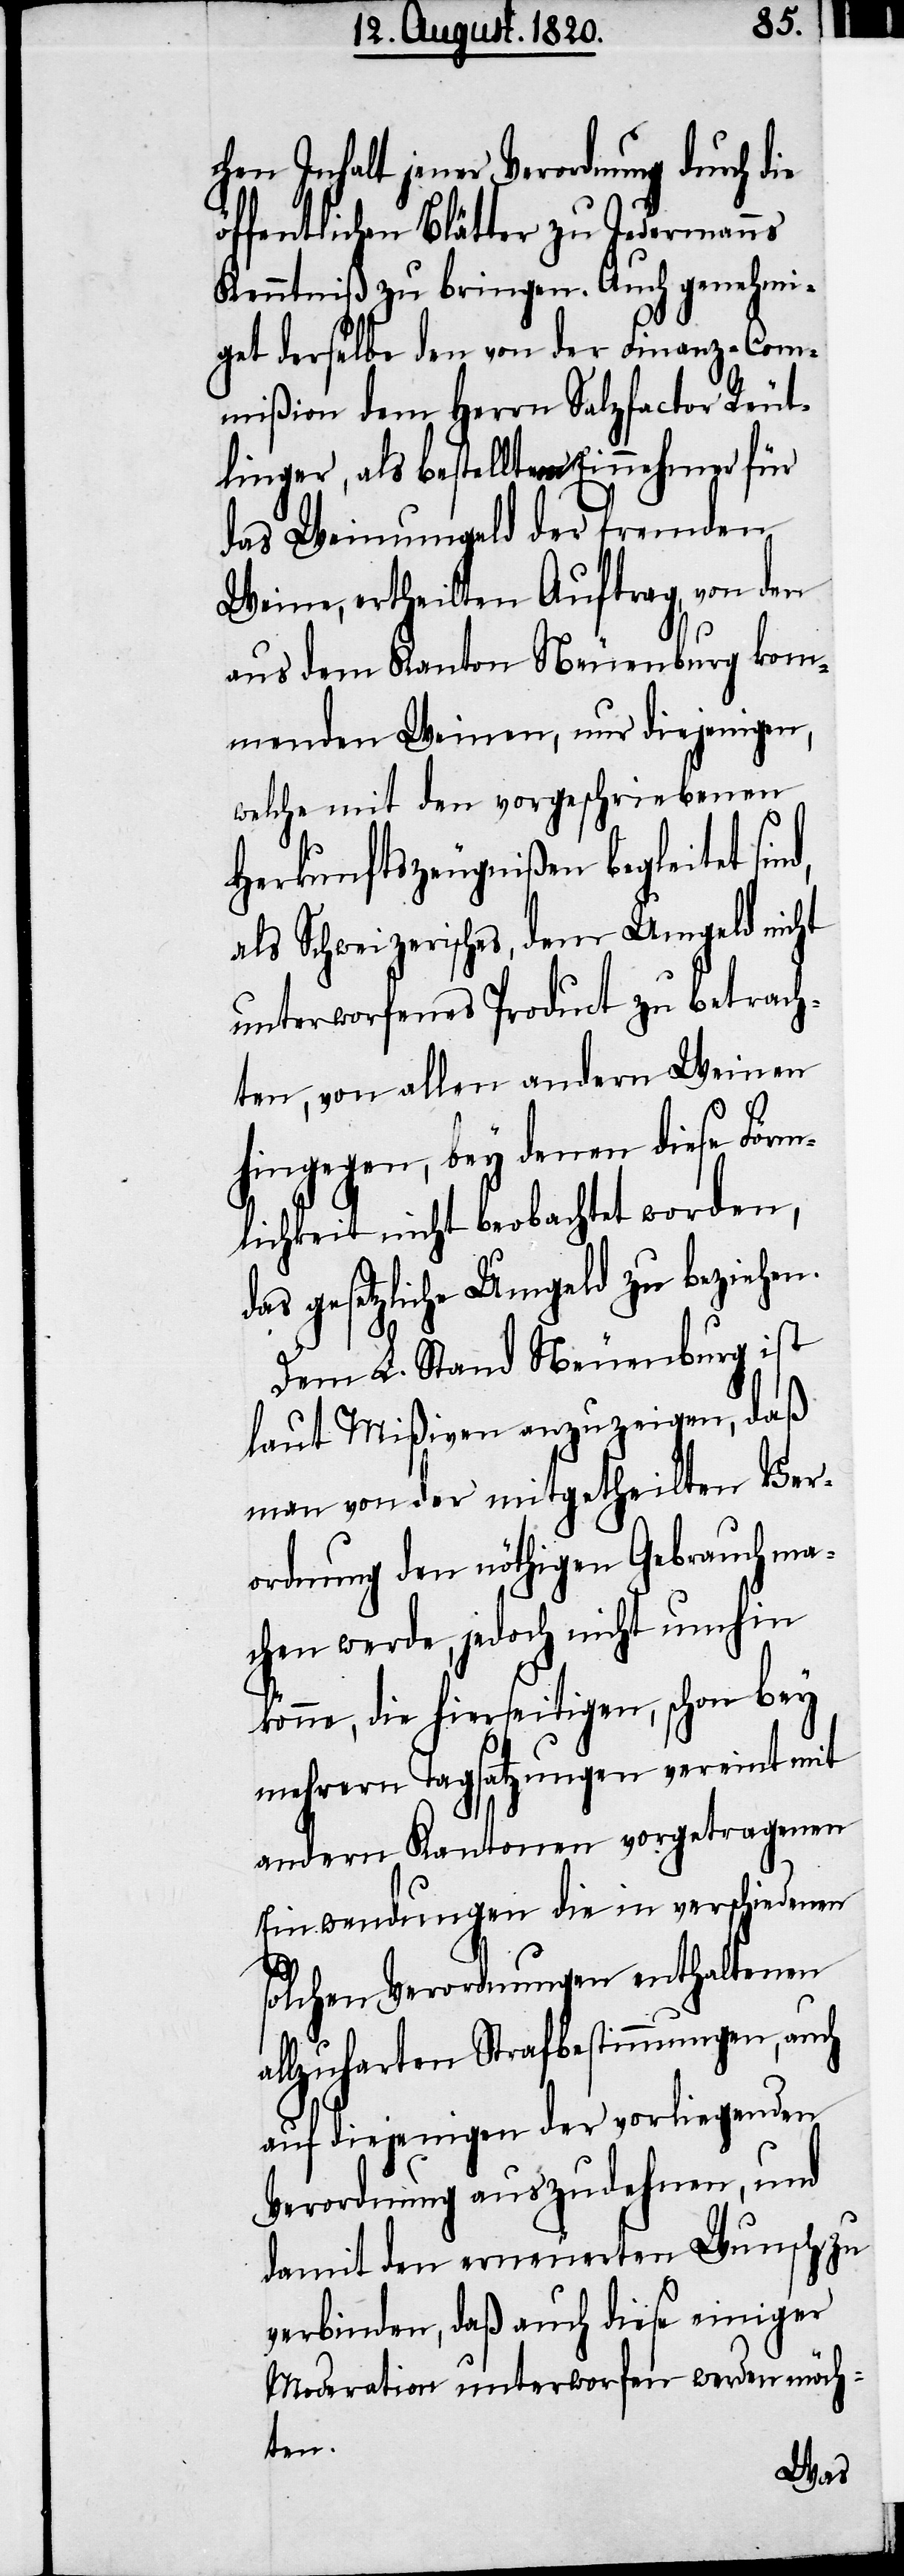
chen Inhalt jener Verordnung durch die
öffentlichen Blätter zu Jedermanns
Kenntniß zu bringen. Auch genehmi¬
get derselbe den von der Finanz-Com¬
mißion dem Herrn Salzfactor Reut¬
linger, als bestellter Einnehmer für
das Weinumgeld der fremden
Weine, ertheilten Auftrag, von den
aus dem Kanton Neuenburg kom¬
menden Weinen, nur diejenigen,
welche mit den vorgeschriebenen
Herkunftszeugnißen begleitet
als Schweizerisches, dem Umgeld nicht
unterworfenes Product zu betrach¬
ten, von allen andern Weinen
hingegen, bey denen diese Förm¬
lichkeit nicht beobachtet worden,
das gesetzliche Umgeld zu beziehen.
Dem L. Stand Neuenburg ist
laut Mißiven anzuzeigen, daß
man von der mitgetheilten Ver¬
ordnung den nöthigen Gebrauch ma¬
chen werde, jedoch nicht umhin
könne, die hierseitigen, schon bey
mehrern Tagsatzungen vereint mit
andern Kantonen vorgetragenen
Einwendungen die in verschiedenen
solchen Verordnungen enthaltenen
allzuharten Strafbestimmungen, auch
auf diejenigen der vorliegenden
Verordnung auszudehnen, und
damit den erneuerten Wunsch zu
verbinden, daß auch diese einiger
Moderation unterworfen werden möch¬
ten.